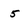
Character: 5